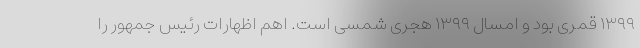
۱۳۹۹ قمری بود و امسال ۱۳۹۹ هجری شمسی است. اهم اظهارات رئیس جمهور را